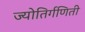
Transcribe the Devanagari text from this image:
ज्योतिर्गणिती